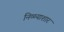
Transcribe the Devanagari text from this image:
निळ्याशार